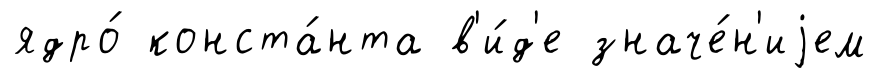
ядро́ конста́нта в'и́д'е значе́н'иjем